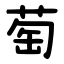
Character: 萄